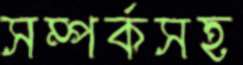
সম্পর্কসহ